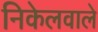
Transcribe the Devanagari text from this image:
निकेलवाले